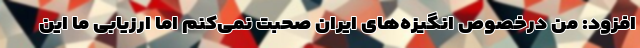
افزود: من درخصوص انگیزه‌های ایران صحبت نمی‌کنم اما ارزیابی ما این